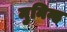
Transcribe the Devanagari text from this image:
मुनिन्ह